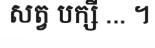
សត្វ បក្សី ... ។